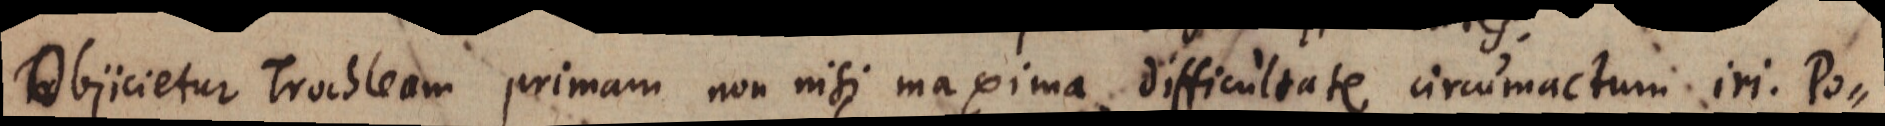
Objicietur Trochleam primam non nisi maxima difficultate circumactum iri. Po-